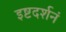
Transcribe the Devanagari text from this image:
इष्टदर्शनं